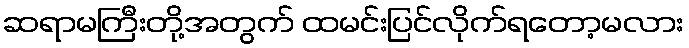
ဆရာမကြီးတို့အတွက် ထမင်းပြင်လိုက်ရတော့မလား